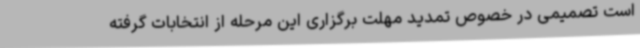
است تصمیمی در خصوص تمدید مهلت برگزاری این مرحله از انتخابات گرفته